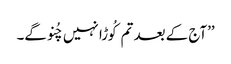
’’آج کے بعد تم کُوڑا نہیں چُنو گے۔